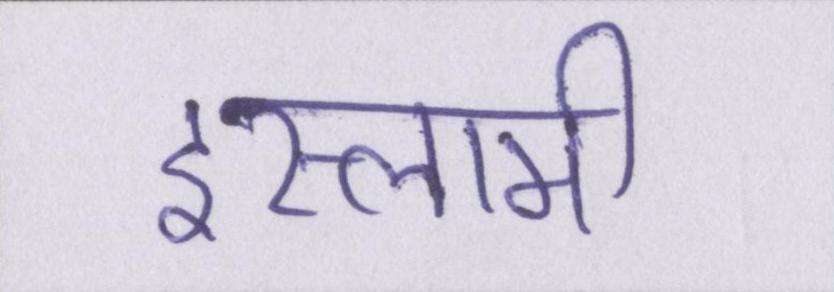
इस्लामी